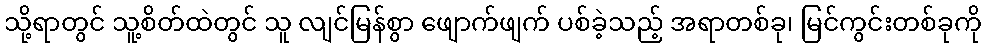
သို့ရာတွင် သူ့စိတ်ထဲတွင် သူ လျင်မြန်စွာ ဖျောက်ဖျက် ပစ်ခဲ့သည့် အရာတစ်ခု၊ မြင်ကွင်းတစ်ခုကို